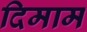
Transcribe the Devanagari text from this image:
दिमाम